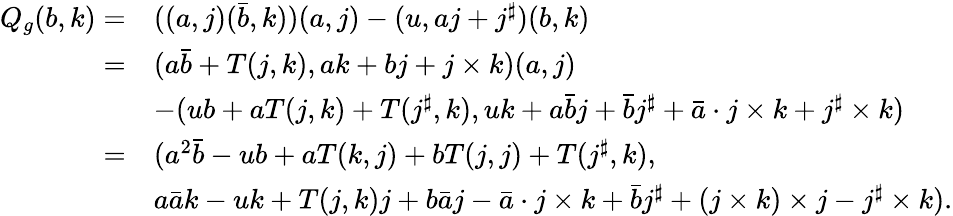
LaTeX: \begin{array}{rl}{Q_{g}(b,k)=}&{((a,j)(\bar{b},k))(a,j)-(u,aj+j^{\sharp})(b,k)}\\ {=}&{(a\bar{b}+T(j,k),ak+bj+j\times k)(a,j)}\\ &{-(ub+aT(j,k)+T(j^{\sharp},k),uk+a\bar{b}j+\bar{b}j^{\sharp}+\bar{a}\cdot j\times k+j^{\sharp}\times k)}\\ {=}&{(a^{2}\bar{b}-ub+aT(k,j)+bT(j,j)+T(j^{\sharp},k),}\\ &{a\bar{a}k-uk+T(j,k)j+b\bar{a}j-\bar{a}\cdot j\times k+\bar{b}j^{\sharp}+(j\times k)\times j-j^{\sharp}\times k).}\end{array}